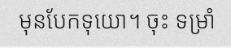
មុនបែកទុយោ។ ចុះ ទម្រាំ